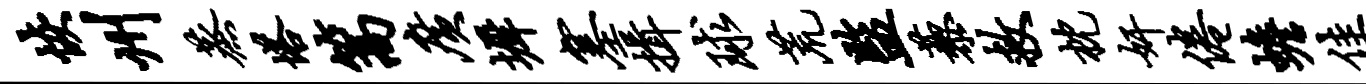
恢州蒸塔篙广墀塞揖球荒监藜救枕奸倦蟾佳